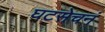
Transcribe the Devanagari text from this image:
घटसेचनं